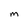
Character: M